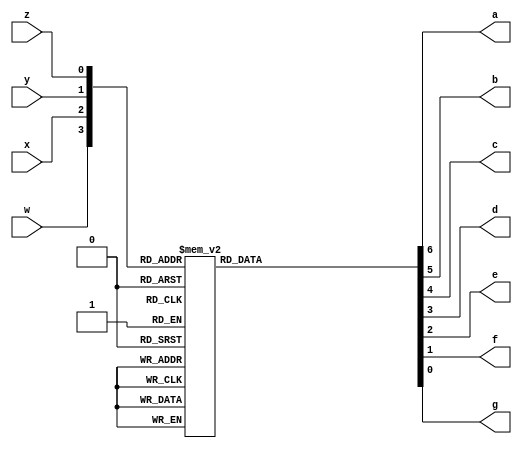
module BcdToSeven (
  input w,x,y,z,
  output reg a,b,c,d,e,f,g);
  always @ (w,x,y,z) begin
    case({w,x,y,z})
      4'b0000: {a,b,c,d,e,f,g} = 7'b0000001;  //0
		4'b0001: {a,b,c,d,e,f,g} = 7'b1001111;  //1
		4'b0010: {a,b,c,d,e,f,g} = 7'b0010010;  //2
		4'b0011: {a,b,c,d,e,f,g} = 7'b0000110;  //3
		4'b0100: {a,b,c,d,e,f,g} = 7'b1001100;  //4
		4'b0101: {a,b,c,d,e,f,g} = 7'b0100100;  //5
		4'b0110: {a,b,c,d,e,f,g} = 7'b0100000;  //6
		4'b0111: {a,b,c,d,e,f,g} = 7'b0001111;  //7
		4'b1000:{a,b,c,d,e,f,g} = 7'b0000000;  //8
		4'b1001:{a,b,c,d,e,f,g} = 7'b0001100;  //9
		4'b1010:{a,b,c,d,e,f,g} = 7'b0001000;  //A
		4'b1011:{a,b,c,d,e,f,g} = 7'b1100000;  //b
		4'b1100:{a,b,c,d,e,f,g} = 7'b0110001;  //C
		4'b1101:{a,b,c,d,e,f,g} = 7'b1000010;  //d
		4'b1110:{a,b,c,d,e,f,g} = 7'b0110000;  //E
		4'b1111:{a,b,c,d,e,f,g} = 7'b0111000;  //F
		endcase
		end

		endmodule